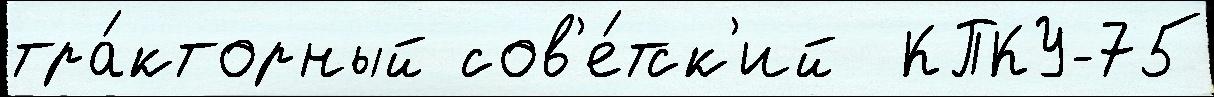
тра́кторный сов'е́тск'ий  КПКУ-75